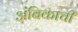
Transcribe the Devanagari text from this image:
अंबिकाची